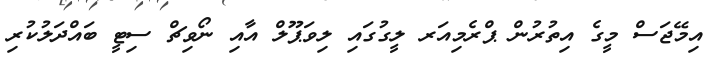
އިމޭޖަސް މީގެ އިތުރުން ޕްރެމިއަރ ލީގުގައި ލިވަޕޫލް އާއި ނޯވިޗް ސިޓީ ބައްދަލުކުރި